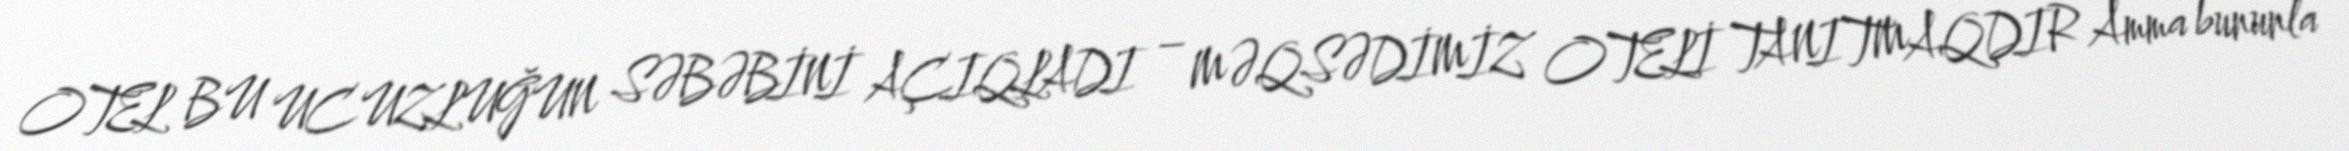
OTEL BU UCUZLUĞUN SƏBƏBİNİ AÇIQLADI – MƏQSƏDİMİZ OTELİ TANITMAQDIR Amma bununla